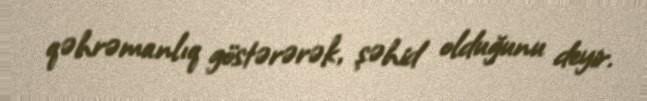
qəhrəmanlıq göstərərək, şəhid olduğunu deyir.